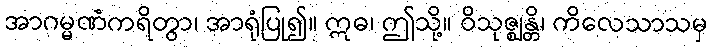
အာဂမ္မဏံကရိတွာ၊ အာရုံပြု၍။ ဣဓ၊ ဤသို့။ ဝိသုဇ္ဈန္တိ၊ ကိလေသာသမှ